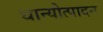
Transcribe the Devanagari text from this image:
धान्योत्पादन